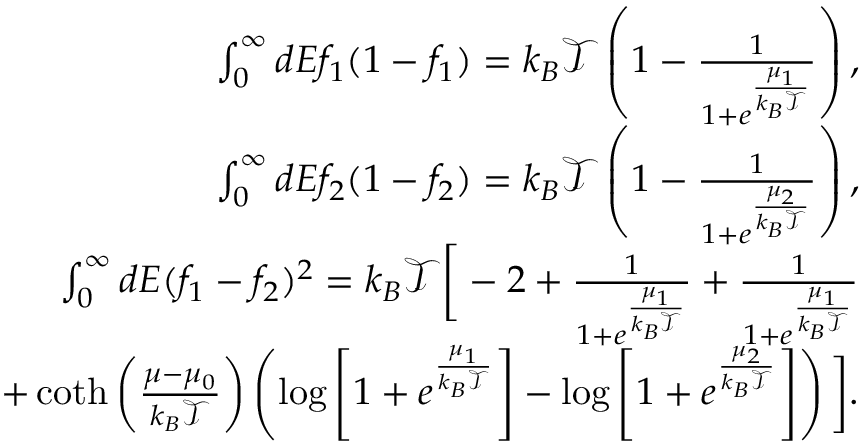
\begin{array} { r } { { \int _ { 0 } ^ { \infty } d E f _ { 1 } ( 1 - f _ { 1 } ) } = { k _ { B } \mathcal { T } \left( 1 - \frac { 1 } { 1 + e ^ { \frac { \mu _ { 1 } } { k _ { B } \mathcal { T } } } } \right) , } } \\ { { \int _ { 0 } ^ { \infty } d E f _ { 2 } ( 1 - f _ { 2 } ) } = { k _ { B } \mathcal { T } \left( 1 - \frac { 1 } { 1 + e ^ { \frac { \mu _ { 2 } } { k _ { B } \mathcal { T } } } } \right) , } } \\ { { \int _ { 0 } ^ { \infty } d E ( f _ { 1 } - f _ { 2 } ) ^ { 2 } = k _ { B } \mathcal { T } \bigg [ - 2 + \frac { 1 } { 1 + e ^ { \frac { \mu _ { 1 } } { k _ { B } \mathcal { T } } } } + \frac { 1 } { 1 + e ^ { \frac { \mu _ { 1 } } { k _ { B } \mathcal { T } } } } } } \\ { { + \coth \left( \frac { \mu - \mu _ { 0 } } { k _ { B } \mathcal { T } } \right) \left( \log \left[ 1 + e ^ { \frac { \mu _ { 1 } } { k _ { B } \mathcal { T } } } \right] - \log \left[ 1 + e ^ { \frac { \mu _ { 2 } } { k _ { B } \mathcal { T } } } \right] \right) \bigg ] . } } \end{array}